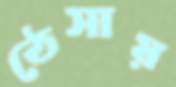
ঠেসায়